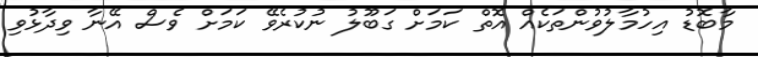
މާބޮޑު އިހުމާލުވުންތަކެއް އޮތް ކަމަށް ގަބޫލު ނުކުރެވޭ ކަމަށް ވެސް އޭނާ ވިދާޅުވި